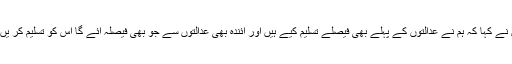
انہوں نے کہا کہ ہم نے عدالتوں کے پہلے بھی فیصلے تسلیم کیے ہیں اور آئندہ بھی عدالتوں سے جو بھی فیصلہ آئے گا اس کو تسلیم کر یں گے۔